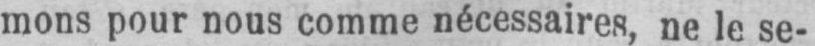
mons pour nous comme nécessaires, ne le se-